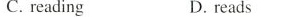
C.reading D.reads